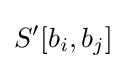
S'[b_{i},b_{j}]